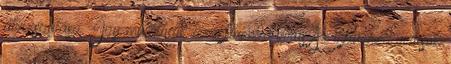
átvizsgálása. Így mutálódik az influenza vírus Az influenza vírusok